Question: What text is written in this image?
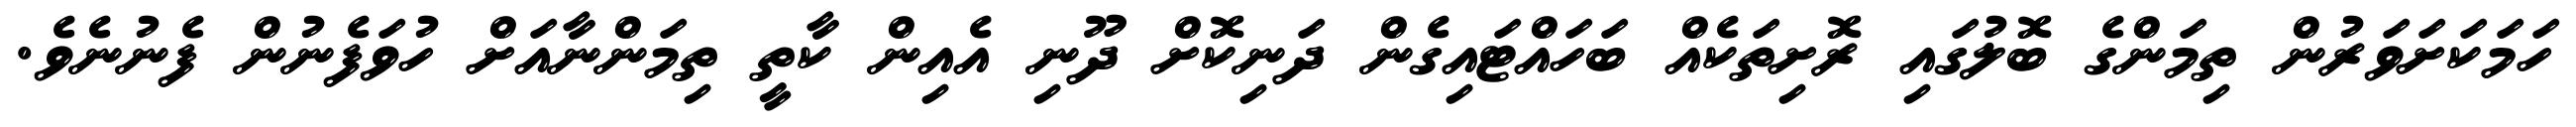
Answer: ހަމަކަށަވަރުން ތިމަންގެ ބޮލުގައި ރޮށިތަކެއް ބަހައްޓައިގެން ދަނިކޮށް ދޫނި އެއިން ކާތީ ތިމަންނާއަށް ހުވަފެނުން ފެނުނެވެ.